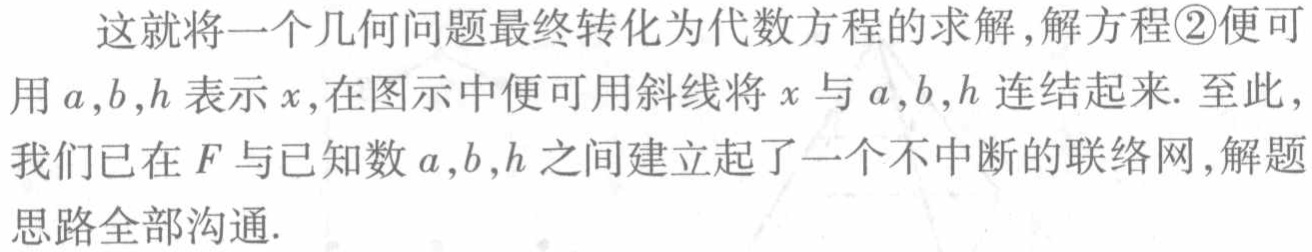
这就将一个几何问题最终转化为代数方程的求解,解方程\textcircled{2}便可用\(a,b,h\)表示\(x\),在图示中便可用斜线将\(x\)与\(a,b,h\)连结起来. 至此,我们已在\(F\)与已知数\(a,b,h\)之间建立起了一个不中断的联络网,解题思路全部沟通.